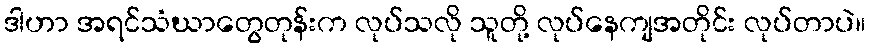
ဒါဟာ အရင်သံဃာတွေတုန်းက လုပ်သလို သူတို့ လုပ်နေကျအတိုင်း လုပ်တာပဲ။